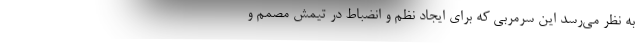
به نظر می‌رسد این سرمربی که برای ایجاد نظم و انضباط در تیمش مصمم و